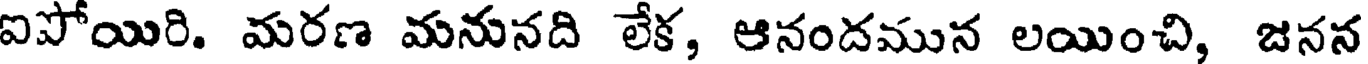
ఐపోయిరి. మరణ మనునది లేక, ఆనందమున లయించి, జనన